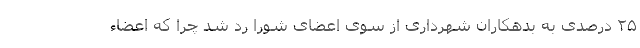
۲۵ درصدی به بدهکاران شهرداری از سوی اعضای شورا رد شد چرا که اعضاء